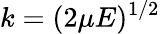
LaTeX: k=(2\mu E)^{1/2}